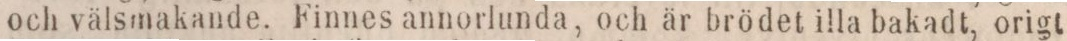
och välsmakande. Finnes annorlunda, och är brödet illa bakadt, origt